Vaccination in Bombay 1924-1928 - 1924-1928
Year: 1924
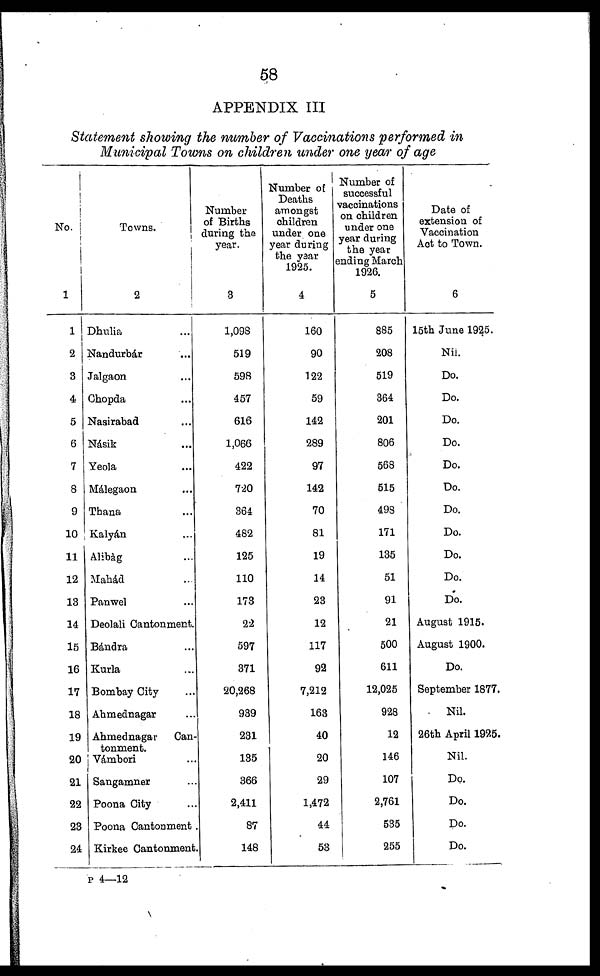
58
APPENDIX III
Statement showing the number of Vaccinations performed in
Municipal Towns on children under one year of age
No.
1
1
2
3
4
5
6
7
8
9
10
11
12
13
14
15
16
17
18
19
20
21
22
23
24
Towns.
2
Dhulia ...
Nandurbár ...
Jalgaon ...
Chopda ...
Nasirabad ...
Násik ...
Yeola ...
Málegaon ...
Thana ...
Kalyán ...
Alibàg ...
Mahád ...
Panwel ...
Deolali Cantonment.
Bándra ...
Kurla ...
Bombay City ...
Ahmednagar ...
Ahmednagar
Can-
tonment.
Vámbori ...
Sangamner ...
Poona City ...
Poona Cantonment.
Kirkee Cantonment.
Number
of Births
during the
year.
3
1,098
519
598
457
616
1,066
422
720
364
482
125
110
173
22
597
371
20,268
939
231
135
366
2,411
87
148
Number of
Deaths
amongst
children
under one
year during
the year
1925.
4
160
90
122
59
142
289
97
142
70
81
19
14
23
12
117
92
7,212
163
40
20
29
1,472
44
53
Number of
successful
vaccinations
on children
under one
year during
the year
ending March
1926.
5
885
208
519
364
201
806
568
515
498
171
135
51
91
21
500
611
12,025
928
12
146
107
2,761
535
255
Date of
extension of
Vaccination
Act to Town.
6
15th June 1925.
Nil.
Do.
Do.
Do.
Do.
Do.
Do.
Do.
Do.
Do.
Do.
Do.
August 1915.
August 1900.
Do.
September 1877.
Nil.
26th April 1925.
Nil.
Do.
Do.
Do.
Do.
P 4—12